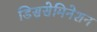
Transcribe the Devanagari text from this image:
डिससेमिनेशन